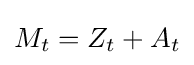
M_{t}=Z_{t}+A_{t}